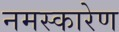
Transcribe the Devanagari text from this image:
नमस्कारेण